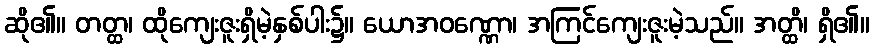
ဆို၏။ တတ္ထ၊ ထိုကျေးဇူးရှိမဲ့နှစ်ပါး၌။ ယောအဝဏ္ဏော၊ အကြင်ကျေးဇူးမဲ့သည်။ အတ္ထိ၊ ရှိ၏။